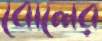
বোলের